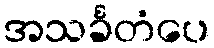
အသင်္ခတံပေ